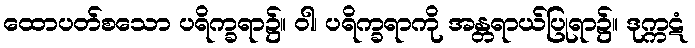
ထောပတ်စသော ပရိက္ခရာ၌။ ဝါ၊ ပရိက္ခရာကို အန္တရာယ်ပြုရာ၌။ ဒုက္ကဋံ